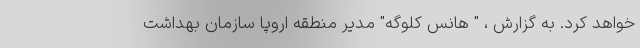
خواهد کرد. به گزارش ، " هانس کلوگه" مدیر منطقه اروپا سازمان بهداشت